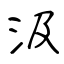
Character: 汲